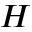
\boldsymbol { H }